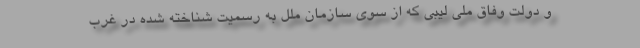
و دولت وفاق ملی لیبی که از سوی سازمان ملل به رسمیت شناخته شده در غرب